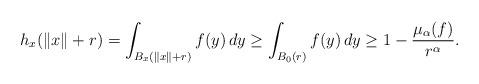
LaTeX: \begin{align*}h_x(\|x\|+r) = \int_{B_x(\|x\|+r)} f(y) \, dy \geq \int_{B_0(r)} f(y) \, dy \geq 1 - \frac{\mu_\alpha(f)}{r^\alpha}.\end{align*}